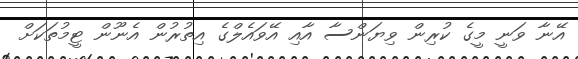
އޭނާ ވަނީ މީގެ ކުރިން ވިޔަންސާ އާއި އޭވައެލްގެ އިތުރުން އެނޫން ޓީމުތަކަށް